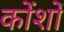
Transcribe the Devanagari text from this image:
कोंशों